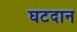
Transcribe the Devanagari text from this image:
घटदान